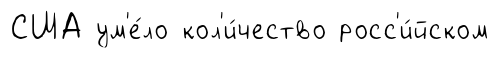
США ум'е́ло кол'и́чество росс'и́йском